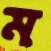
ম